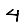
Digit: 4